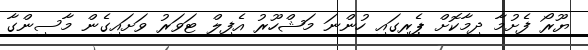
ޔޫރޯ ފެށުމާ ދިމާކޮށް ޕެރިގައި ހުންނަ މަޝްހޫރު އެފިލް ޓަވަރު ވަށައިގެން މާސިންގާ